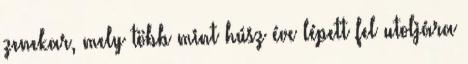
zenekar, mely több mint húsz éve lépett fel utoljára